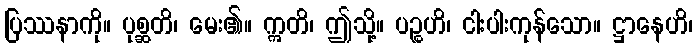
ပြဿနာကို။ ပုစ္ဆတိ၊ မေး၏။ ဣတိ၊ ဤသို့။ ပဉ္စဟိ၊ ငါးပါးကုန်သော။ ဋ္ဌာနေဟိ၊